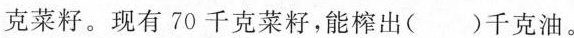
克菜籽。现有70千克菜籽，能榨出( )千克油。